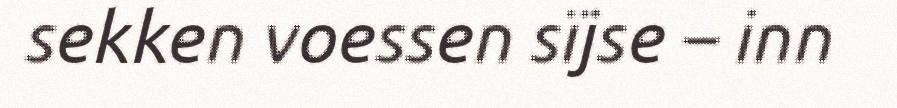
sekken voessen sïjse – inn